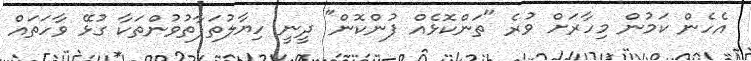
އެހެން ކަމުން މިހާރަށް ވުރެ "ތަންކޮޅެއް ފުންކޮން" ދީނީ ހިޔާލުތަފާތުވުންތަކާ ގުޅޭ ވާހަތައް